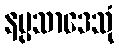
နပ္ပသာဒေသုံ